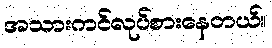
အသားကင်လုပ်စားနေတယ်။